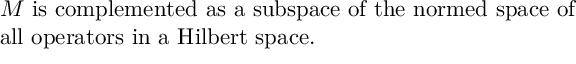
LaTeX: \begin{array} { l l } { { } } & { { M \ \mathrm { i s ~ c o m p l e m e n t e d ~ a s ~ a ~ s u b s p a c e ~ o f ~ t h e ~ n o r m e d ~ s p a c e ~ o f } } } \\ { { } } & { { \mathrm { a l l ~ o p e r a t o r s ~ i n ~ a ~ H i l b e r t ~ s p a c e . } \hfill } } \end{array}